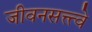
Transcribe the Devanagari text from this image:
जीवनसत्त्त्वे